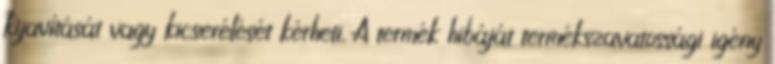
kijavítását vagy kicserélését kérheti. A termék hibáját termékszavatossági igény